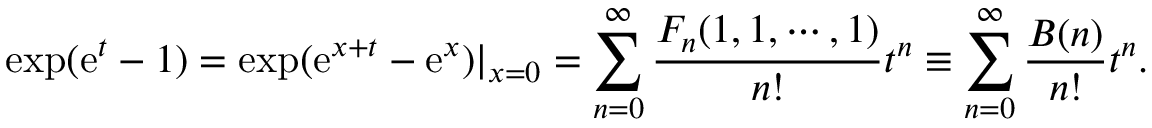
\exp ( \mathrm { e } ^ { t } - 1 ) = \exp ( \mathrm { e } ^ { x + t } - \mathrm { e } ^ { x } ) | _ { x = 0 } = \sum _ { n = 0 } ^ { \infty } \frac { F _ { n } ( 1 , 1 , \cdots , 1 ) } { n ! } t ^ { n } \equiv \sum _ { n = 0 } ^ { \infty } \frac { B ( n ) } { n ! } t ^ { n } .